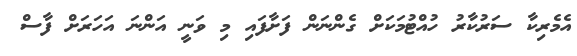
އެމެރިކާ ސަރުކާރު ހުއްޓުމަކަށް ގެންނަން ފަށާފައި މި ވަނީ އަންނަ އަހަރަށް ފާސް